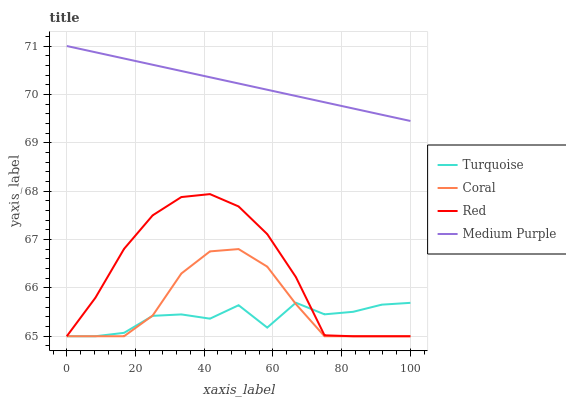
| xaxis_label | Turquoise | Coral | Red | Medium Purple |
 | --- | --- | --- | --- | --- |
 | 0 | 65 | 65 | 65 | 71 |
 | 8.33 | 65 | 65 | 65.8 | 70.9 |
 | 16.7 | 65.1 | 65 | 66.8 | 70.7 |
 | 25 | 65.4 | 65.4 | 67.5 | 70.6 |
 | 33.3 | 65.5 | 66.3 | 67.9 | 70.5 |
 | 41.7 | 65.4 | 66.8 | 67.9 | 70.4 |
 | 50 | 65.6 | 66.8 | 67.7 | 70.2 |
 | 58.3 | 65.2 | 66.4 | 67.1 | 70.1 |
 | 66.7 | 65.7 | 65.7 | 66.2 | 70 |
 | 75 | 65.5 | 65 | 65 | 69.8 |
 | 83.3 | 65.5 | 65 | 65 | 69.7 |
 | 91.7 | 65.7 | 65 | 65 | 69.6 |
 | 100 | 65.7 | 65 | 65 | 69.5 |